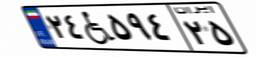
۲۴W۵۹۴۲۵